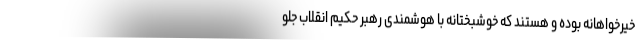
خیرخواهانه بوده و هستند که خوشبختانه با هوشمندی رهبر حکیم انقلاب جلو